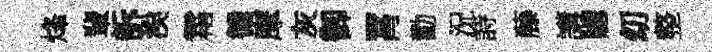
烽輩訴涘霜循摩灰御罥勸況詩藤講牕㓜整